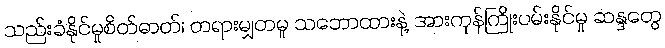
သည်းခံနိုင်မှုစိတ်ဓာတ်၊ တရားမျှတမှု သဘောထားနဲ့ အားကုန်ကြိုးပမ်းနိုင်မှု ဆန္ဒတွေ